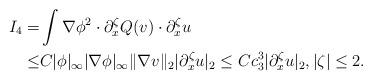
LaTeX: \begin{align*}I_4=&\int \nabla \phi^2\cdot \partial^\zeta_x Q(v) \cdot \partial^\zeta_x u\\\leq & C|\phi|_\infty|\nabla \phi|_\infty \|\nabla v\|_2 | \partial^\zeta_x u|_2\leq Cc^3_3 |\partial^\zeta_x u |_2, |\zeta|\leq 2.\end{align*}